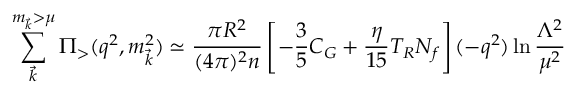
\sum _ { \vec { k } } ^ { m _ { \vec { k } } > \mu } \Pi _ { > } ( q ^ { 2 } , m _ { \vec { k } } ^ { 2 } ) \simeq \frac { \pi R ^ { 2 } } { ( 4 \pi ) ^ { 2 } n } \left[ - \frac { 3 } { 5 } C _ { G } + \frac { \eta } { 1 5 } T _ { R } N _ { f } \right] ( - q ^ { 2 } ) \ln \frac { \Lambda ^ { 2 } } { \mu ^ { 2 } }